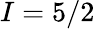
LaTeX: I=5/2